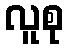
လူစု